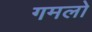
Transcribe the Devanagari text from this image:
गमलो